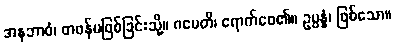
အနဘာဝံ၊ တဖန်မဖြစ်ခြင်းသို့။ ဂမေတိ၊ ရောက်စေ၏။ ဥပ္ပန္နံ၊ ဖြစ်သော။